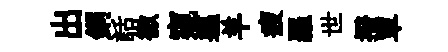
出銅話徹窺軀羊疲羅世撥單